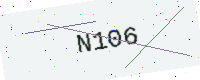
Text: N106